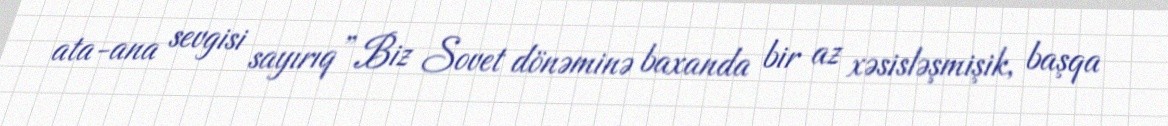
ata-ana sevgisi sayırıq” Biz Sovet dönəminə baxanda bir az xəsisləşmişik, başqa